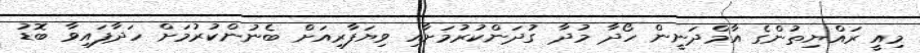
މިއީ ރައްޔިތުންގެ އާމްދަނީން ހޯދާ މުދާ ގުދަންކުރުމަށާއި ވިޔަފާރިއަށް ބެނުންކުރުމަށް ހަދާފައިވާ ބޮޑު